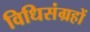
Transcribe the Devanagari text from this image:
विधिसंग्रहों